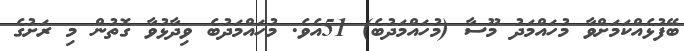
ބޭފުޅެއްކަމަށްވާ މުހައްމަދު މޫސާ (މުހައްމަދުބެ) 51އެވެ. މުހައްމަދުބެ ވިދާޅުވާ ގޮތުން މި ރަށުގެ